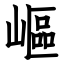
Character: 嶇